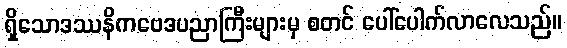
ရှိသောဒဿနိကဗေဒပညာကြီးများမှ စတင် ပေါ်ပေါက်လာလေသည်။